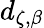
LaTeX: d_{\zeta,\beta}